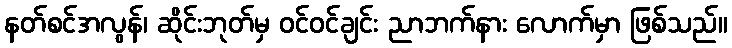
နတ်စင်အလွန်၊ ဆိုင်းဘုတ်မှ ဝင်ဝင်ချင်း ညာဘက်နား လောက်မှာ ဖြစ်သည်။